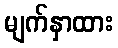
မျက်နှာထား